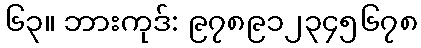
၆၃။ ဘားကုဒ်: ၉၇၈၉၁၂၃၄၅၆၇၈